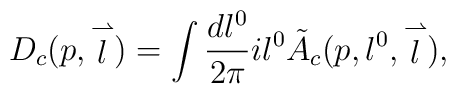
D_c(p,\stackrel{\rightharpoonup}{l})=\int \frac{dl^0}{2\pi}il^0 \tilde{A}_c(p,l^0,\stackrel{\rightharpoonup}{l}),